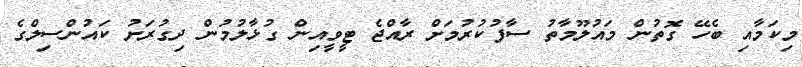
މިކަމާއި ބެހޭ ގޮތުން މައުލޫމާތު ސާފުކުރުމަށް ރާއްޖެ ޓީވީއިން ގުޅާލުމުން ދިގުރަށު ކައުންސިލްގެ